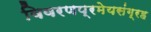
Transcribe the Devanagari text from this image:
विवरणप्रमेयसंग्रह